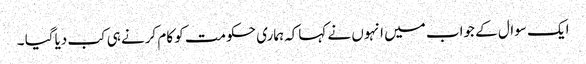
ایک سوال کے جواب میں انہوں نے کہاکہ ہماری حکومت کو کام کرنے ہی کب دیاگیا ۔